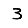
Digit: 3